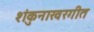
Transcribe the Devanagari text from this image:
शंकुनाखरगीत